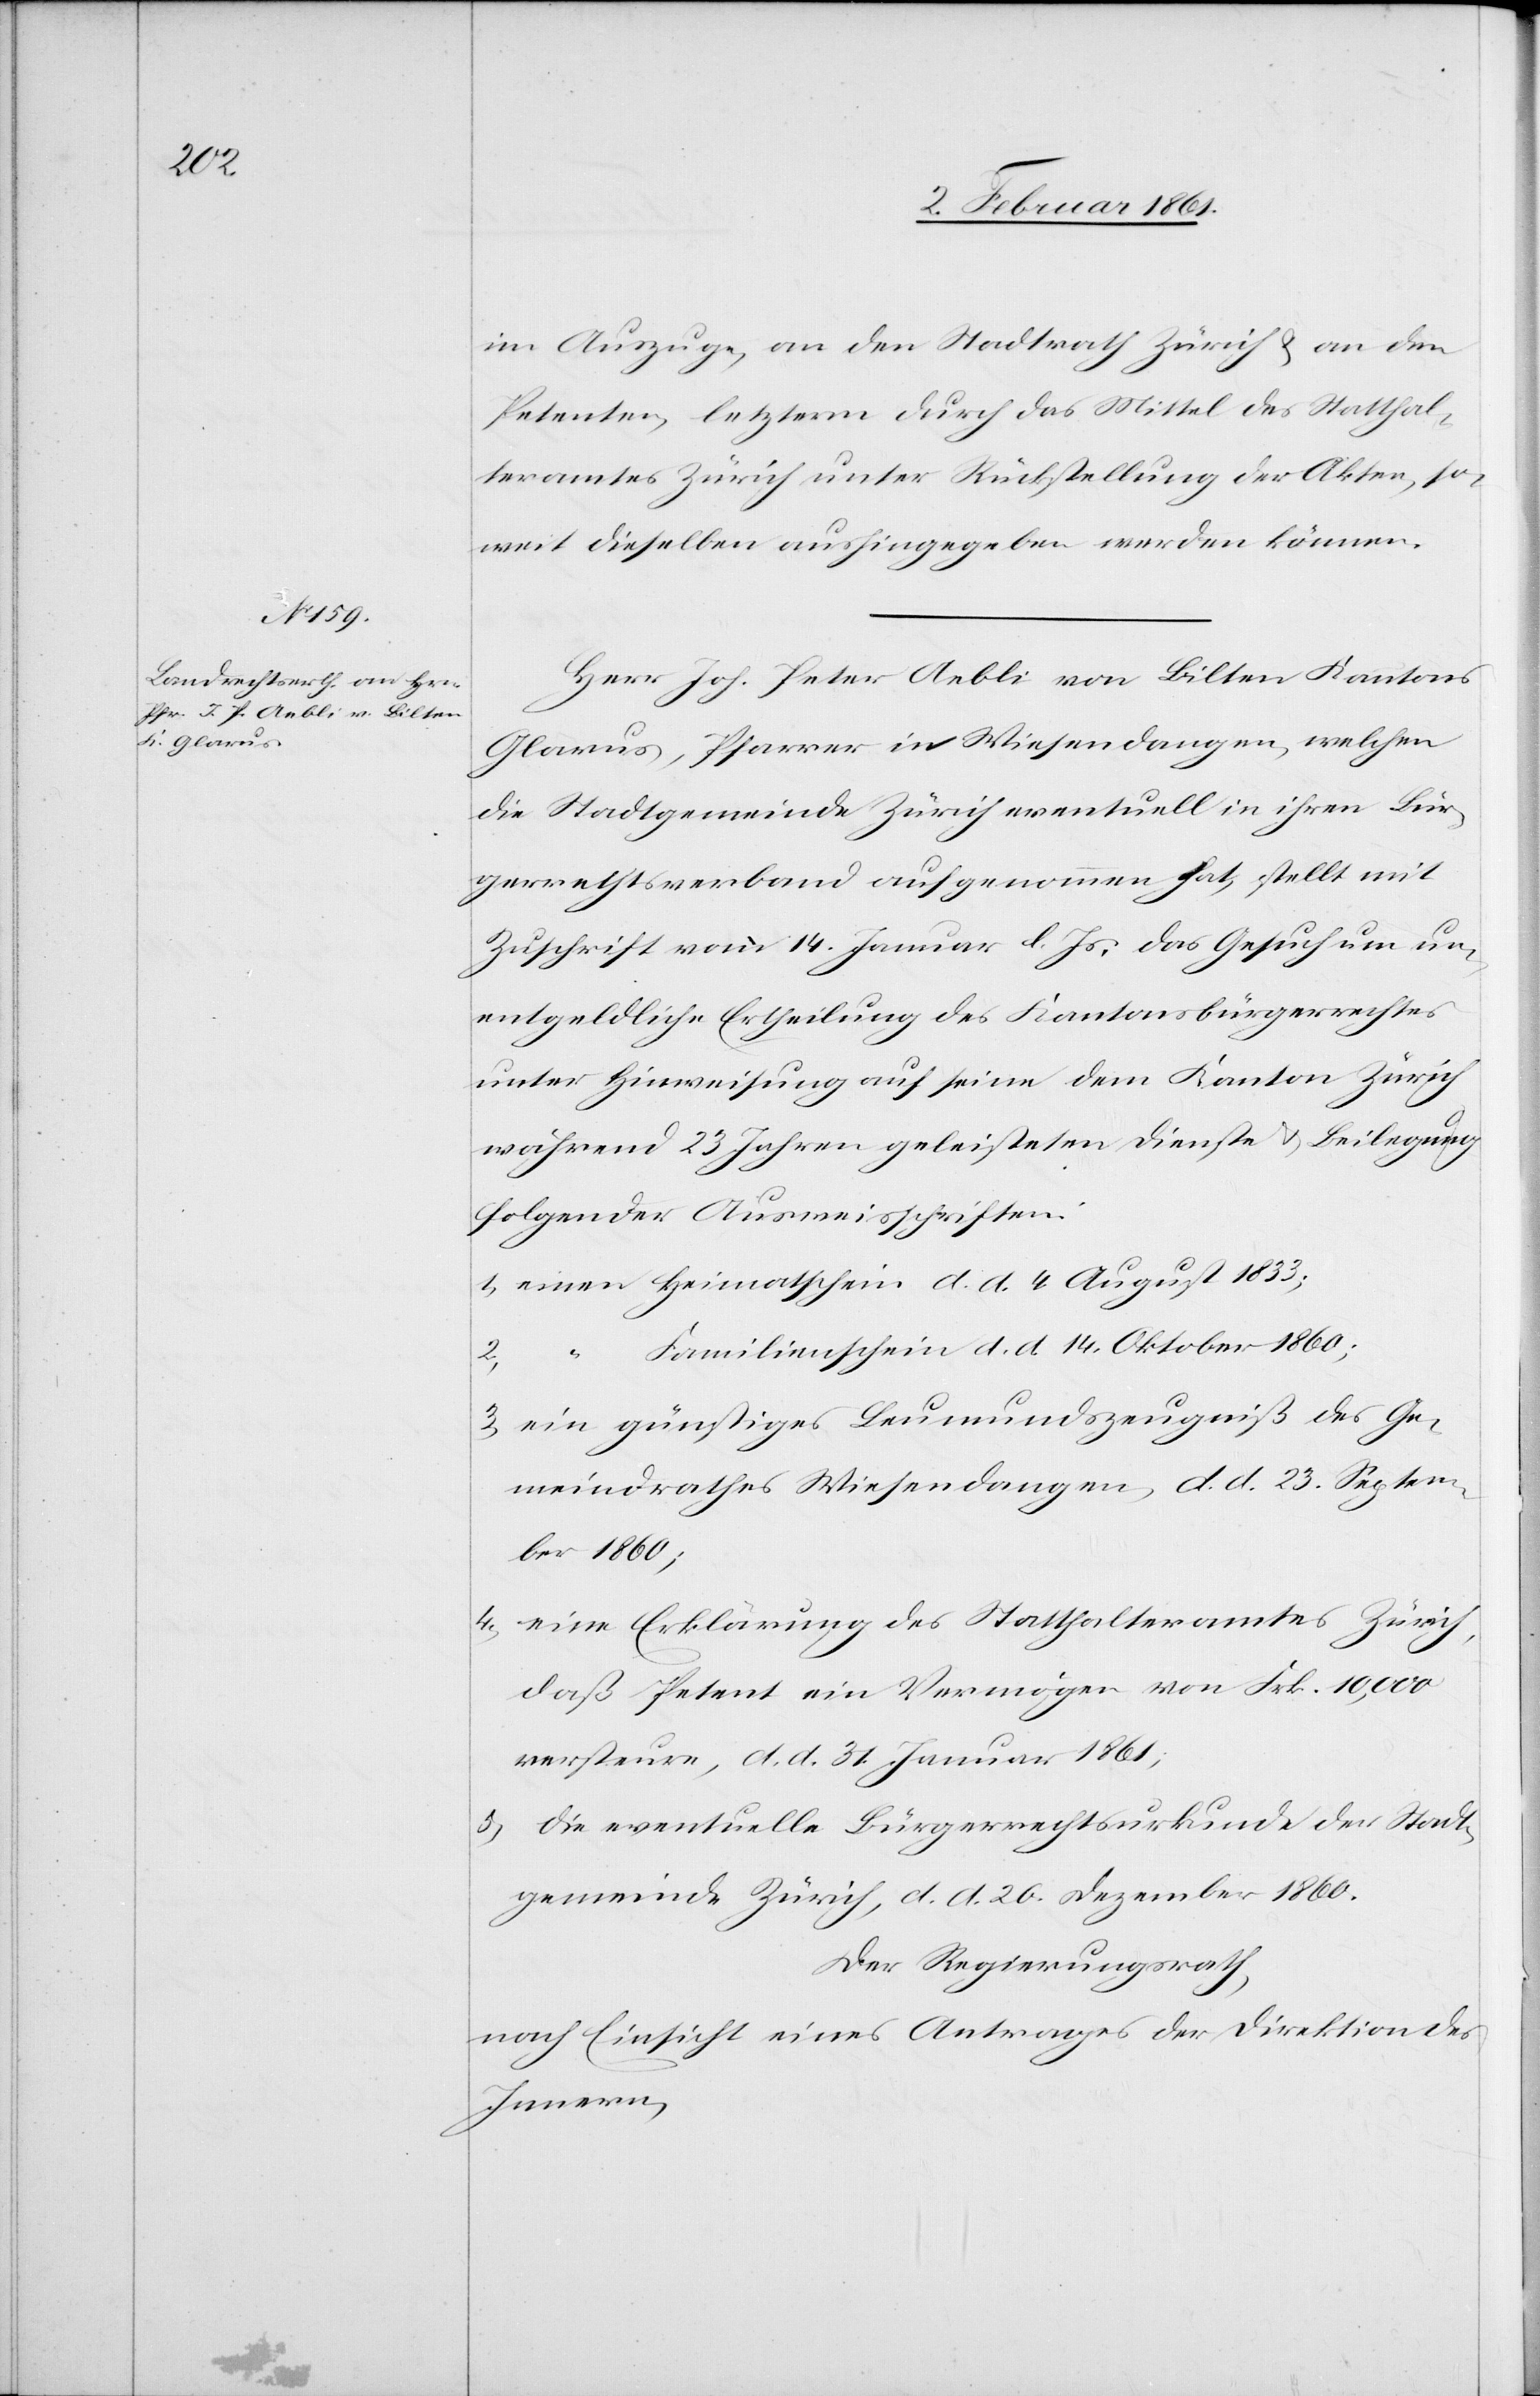
im Auszuge, an den Stadtrath Zürich u. an den
Petenten, letzterm durch das Mittel des Statthal¬
teramtes Zürich unter Rückstellung der Akten, so¬
weit dieselben aushingegeben werden können.
Herr Joh. Peter Aebli von Bilten Kantons
Glarus, Pfarrer in Wiesendangen, welchen
die Stadtgemeinde Zürich eventuell in ihren Bür¬
gerrechtsverband aufgenommen hat, stellt mit
Zuschrift vom 14. Januar d. Js, das Gesuch um un¬
entgeldliche Ertheilung des Kantonsbürgerrechts
unter Hinweisung auf seine dem Kanton Zürich
während 23 Jahren geleisteten Dienste u. Beilegung
folgender Ausweisschriften:
1) einen Heimathschein d. d. 4. August 1833;
Familienschein d. d. 14. Oktober 1860;
2)
3) ein günstiges Leumundszeugniß des Ge¬
meindrathes Wiesendangen, d. d. 23. Septem¬
ber 1860;
4) eine Erklärung des Statthalteramtes Zürich,
daß Petent ein Vermögen von Frk. 10,000
versteure, d. d. 31. Januar 1861;
5) die eventuelle Bürgerrechtsurkunde der Stadt¬
gemeinde Zürich, d. d. 20. Dezember 1860.
Der Regierungsrath,
nach Einsicht eines Antrages der Direktion des
Innern,